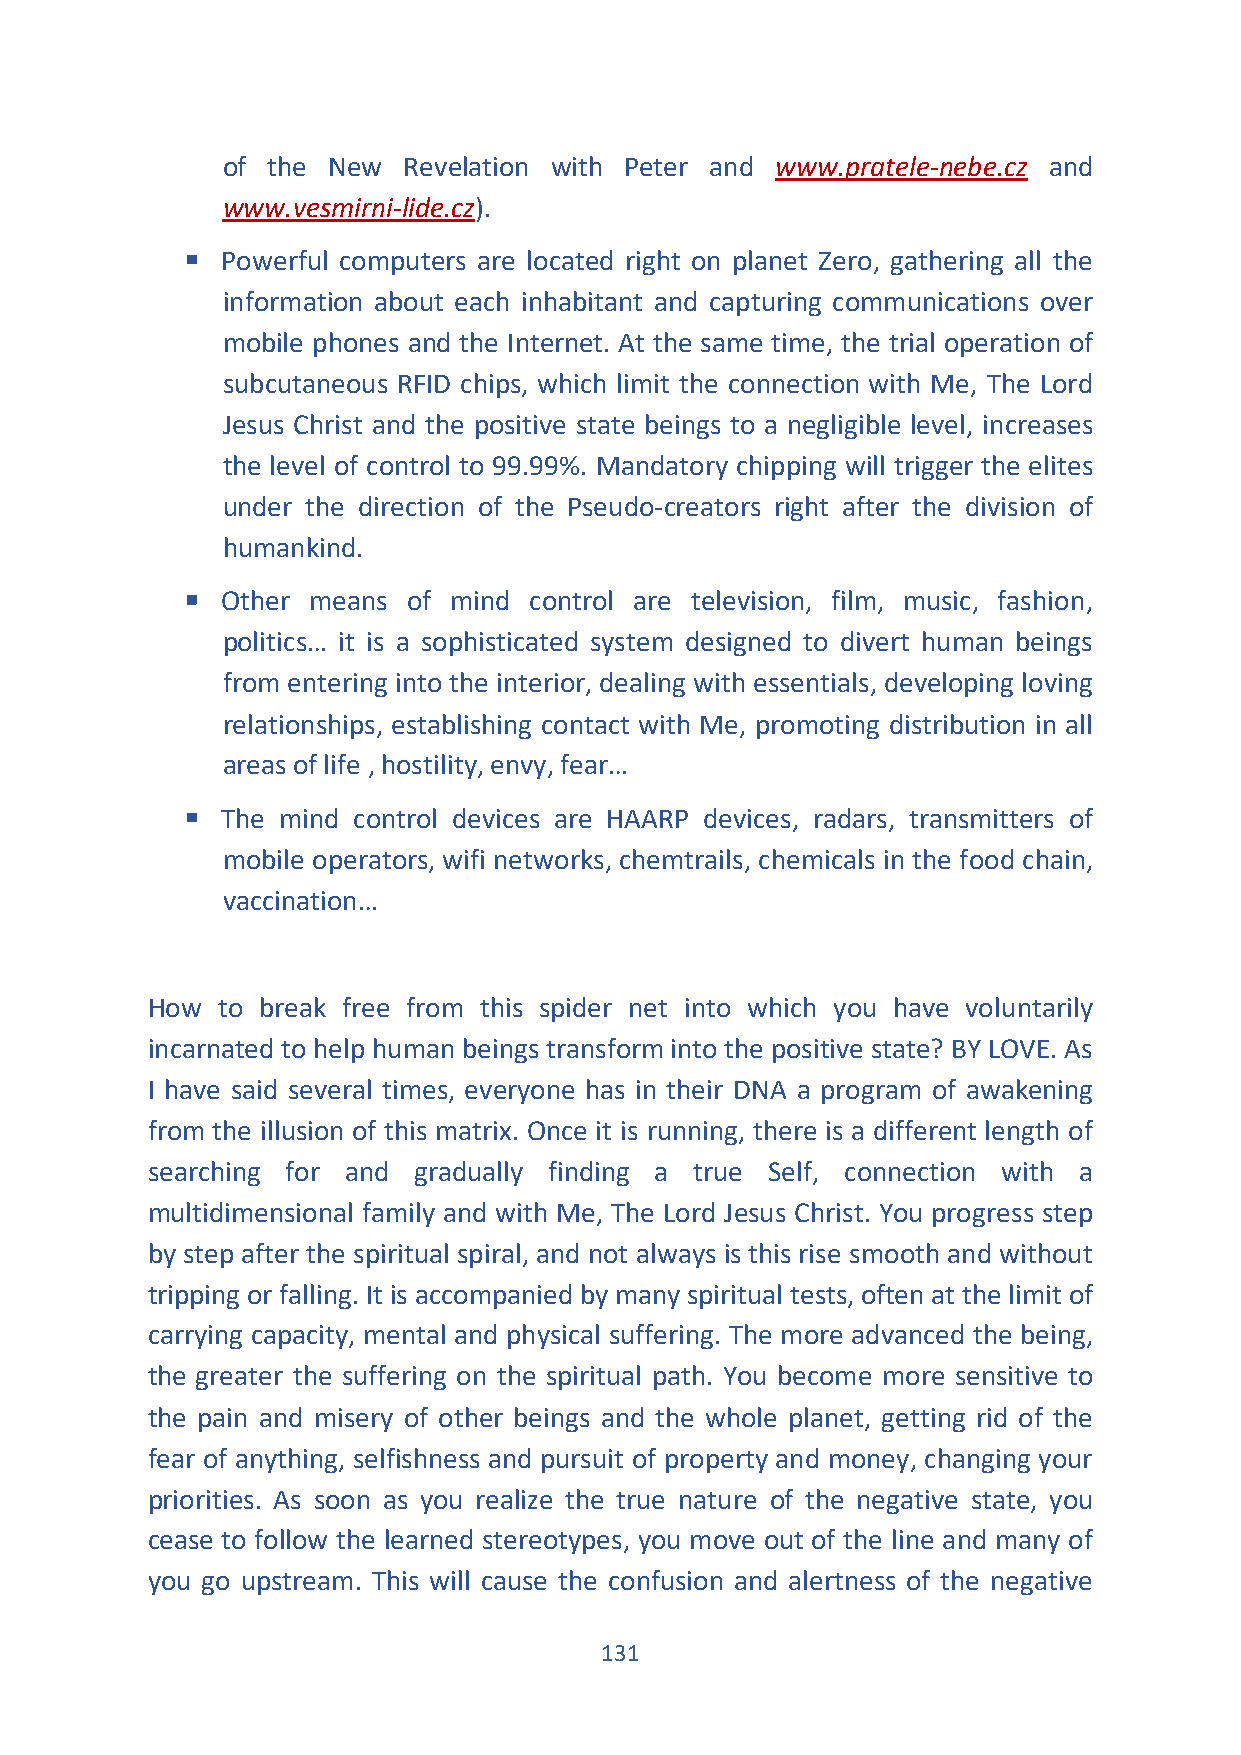
of the New  Revelation with Peter and www.pratele-nebe.cz and
 www.vesmirni-lide.cz).
 ▪  Powerful computers are located right on planet Zero, gathering all the
 information about each inhabitant and capturing communications over
 mobile phones and the Internet. At the same time, the trial operation of
 subcutaneous RFID chips, which limit the connection with Me, The Lord
 Jesus Christ and the positive state beings to a negligible level, increases
 the level of control to 99.99%. Mandatory chipping will trigger the elites
 under the direction of the Pseudo-creators right after the division of
 humankind.
 ▪  Other means of mind control are television, film, music, fashion,
 politics… it is a sophisticated system designed to divert human beings
 from entering into the interior, dealing with essentials, developing loving
 relationships, establishing contact with Me, promoting distribution in all
 areas of life , hostility, envy, fear…
 ▪  The mind control devices are HAARP devices, radars, transmitters of
 mobile operators, wifi networks, chemtrails, chemicals in the food chain,
 vaccination…
 How to break free from this spider net into which you have voluntarily
 incarnated to help human beings transform into the positive state? BY LOVE. As
 I have said several times, everyone has in their DNA a program of awakening
 from the illusion of this matrix. Once it is running, there is a different length of
 searching for and gradually finding a true Self, connection with a
 multidimensional family and with Me, The Lord Jesus Christ. You progress step
 by step after the spiritual spiral, and not always is this rise smooth and without
 tripping or falling. It is accompanied by many spiritual tests, often at the limit of
 carrying capacity, mental and physical suffering. The more advanced the being,
 the greater the suffering on the spiritual path. You become more sensitive to
 the pain and misery of other beings and the whole planet, getting rid of the
 fear of anything, selfishness and pursuit of property and money, changing your
 priorities. As soon as you realize the true nature of the negative state, you
 cease to follow the learned stereotypes, you move out of the line and many of
 you go upstream. This will cause the confusion and alertness of the negative
 131